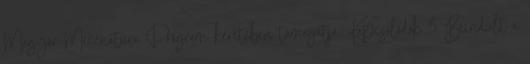
Magyar Mecenatúra Program keretében támogatja. Kapcsolódók 3 Beindult a